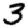
Digit: 3